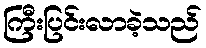
ကြီးပြင်းလာခဲ့သည်